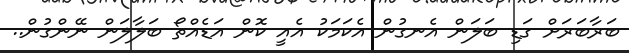
ބަރާބަރަށް ގަަޑި ބަލަން އެނގުން އެކަމަކު އެއީ ކޮން އަޑެއްތޯ ބަލާލަން ނޭންގުން..